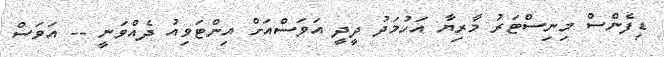
ޑިފެންސް މިނިސްޓަރު މާރިޔާ އަހުމަދު ދީދީ އަވަސްއަށް އިންޓަވިއު ދެއްވަނީ -- އަވަސް